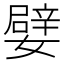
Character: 嬖